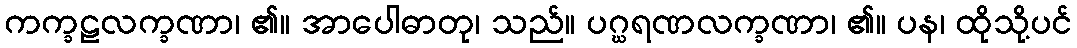
ကက္ခဠလက္ခဏာ၊ ၏။ အာပေါဓာတု၊ သည်။ ပဂ္ဃရဏလက္ခဏာ၊ ၏။ ပန၊ ထိုသို့ပင်